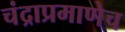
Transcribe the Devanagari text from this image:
चंद्राप्रमाणेच